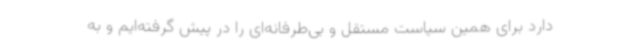
دارد برای همین سیاست مستقل و بی‌طرفانه‌ای را در پیش گرفته‌ایم و به